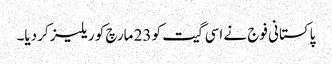
پاکستانی فوج نے اسی گیت کو 23 مارچ کو ریلیز کر دیا۔